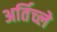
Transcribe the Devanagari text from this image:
अर्तिच्ले